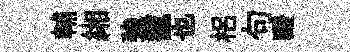
輔緗強寵也梠句醱